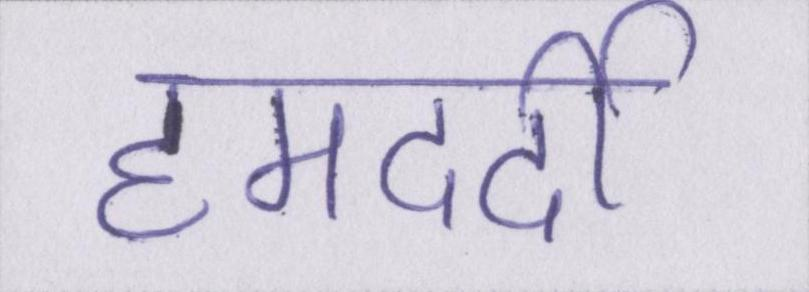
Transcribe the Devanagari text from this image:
हमदर्दी